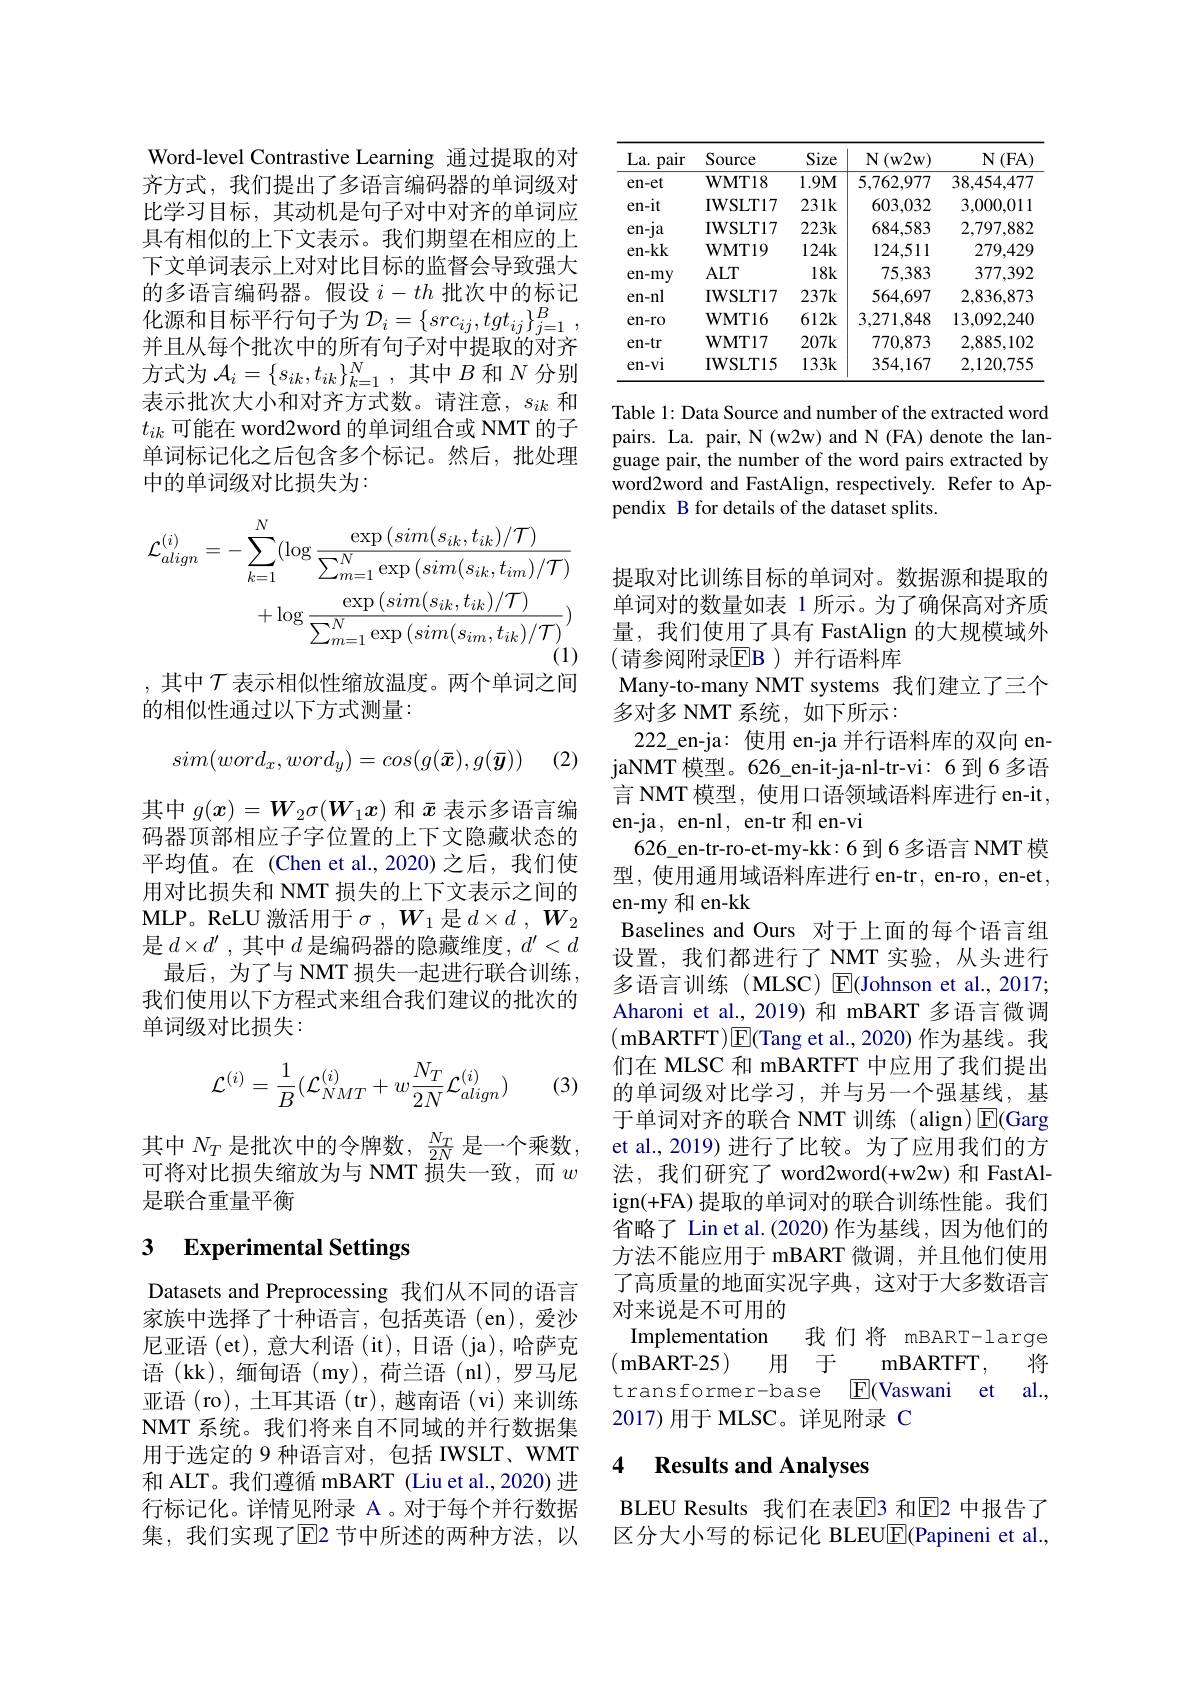
Word-level Contrastive Learning 通过提取的对齐方式，我们提出了多语言编码器的单词级对比学习目标，其动机是句子对中对齐的单词应具有相似的上下文表示。我们期望在相应的上下文单词表示上对对比目标的监督会导致强大的多语言编码器。假设$i-th$批次中的标记化源和目标平行句子为$\mathcal{D} _i= \{ src_{ij}, tgt_{ij}\} _{j= 1}^B$ , 并且从每个批次中的所有句子对中提取的对齐方式为$\mathcal{A}_i=\{s_{ik},t_{ik}\}_{k=1}^N$,其中$B$和$N$分别表示批次大小和对齐方式数。请注意，$s_ik$和$t_{ik}$可能在 word2word 的单词组合或 NMT 的子单词标记化之后包含多个标记。然后，批处理中的单词级对比损失为：
$$\begin{aligned}\mathcal{L}_{align}^{(i)}&=-\sum_{k=1}^{N}(\log\frac{\exp{(sim(s_{ik},t_{ik})/\mathcal{T})}}{\sum_{m=1}^{N}\exp{(sim(s_{ik},t_{im})/\mathcal{T})}}\\&+\log\frac{\exp{(sim(s_{ik},t_{ik})/\mathcal{T})}}{\sum_{m=1}^{N}\exp{(sim(s_{im},t_{ik})/\mathcal{T})}})\end{aligned}$$
,其中$\mathcal{T}$表示相似性缩放温度。两个单词之间

的相似性通过以下方式测量：
$$sim(word_x,word_y)=cos(g(\bar{\boldsymbol{x}}),g(\bar{\boldsymbol{y}}))$$
(2)

其中$g(x)=\boldsymbol{W}_2\sigma(\boldsymbol{W}_1x)$和$\bar{x}$表示多语言编码器顶部相应子字位置的上下文隐藏状态的平均值。在 (Chen et al.,2020)之后，我们使用对比损失和 NMT 损失的上下文表示之间的MLP。ReLU 激活用于$\sigma,\boldsymbol{W}_1$是$d\times d$ $, \boldsymbol{W}_2$ 是$d\times d^{\prime }$ ,其中$d$是编码器的隐藏维度$,d^\prime<d$
最后，为了与 NMT 损失一起进行联合训练， 我们使用以下方程式来组合我们建议的批次的单词级对比损失：
$$\mathcal{L}^{(i)}=\frac{1}{B}(\mathcal{L}_{NMT}^{(i)}+w\frac{N_{T}}{2N}\mathcal{L}_{align}^{(i)})$$
(3)

其中$N_T$是批次中的令牌数，$\frac{N_T}{2N}$是一个乘数， 可将对比损失缩放为与 NMT 损失一致，而$w$ 是联合重量平衡

# 3 Experimental Settings

Datasets and Preprocessing 我们从不同的语言家族中选择了十种语言，包括英语(en),爱沙尼亚语 (et),意大利语 (it),日语 (ja),哈萨克语 (kk),缅甸语 (my),荷兰语 (nl),罗马尼亚语(ro), 土耳其语 (tr), 越南语 (vi)来训练NMT 系统。我们将来自不同域的并行数据集用于选定的 9 种语言对，包括 IWSLT、WMT 和 ALT。我们遵循 mBART (Liu et al.,2020) 进行标记化。详情见附录 A。对于每个并行数据集，我们实现了$\operatorname{E}$2 节中所述的两种方法，以

<table>
	<tbody>
		<tr>
			<th>La. pair</th>
			<th>Source</th>
			<th>Size</th>
			<th>$N$ (w2w) 1 1 1 1</th>
			<th>$N(FA)$</th>
		</tr>
		<tr>
			<td>en-et</td>
			<td>$\mathbf{WMT18}$</td>
			<td>$1.9M$</td>
			<td>5,762,977</td>
			<td>38,454,477</td>
		</tr>
		<tr>
			<td>en-it</td>
			<td>IWSLT17</td>
			<td>$231k$</td>
			<td>603,032</td>
			<td>3,000,011</td>
		</tr>
		<tr>
			<td>$en-1a$</td>
			<td>IWSLT17</td>
			<td>$223k$</td>
			<td>684,583</td>
			<td>2,797,882</td>
		</tr>
		<tr>
			<td>en-kk</td>
			<td>$\mathbf{WMT19}$</td>
			<td>$124k$</td>
			<td>124,511</td>
			<td>279,429</td>
		</tr>
		<tr>
			<td>$en-my$</td>
			<td>$ALT$</td>
			<td>$18k$</td>
			<td>75,383</td>
			<td>377,392</td>
		</tr>
		<tr>
			<td>en-nl</td>
			<td>IWSLT17</td>
			<td>237k</td>
			<td>564,697</td>
			<td>2,836,873</td>
		</tr>
		<tr>
			<td>$en-r0$</td>
			<td>$\mathbf{WMT16}$</td>
			<td>$612k$</td>
			<td>3,271,848</td>
			<td>13,092,240</td>
		</tr>
		<tr>
			<td>$en-tr$</td>
			<td>$\mathbf{WMT17}$</td>
			<td>207k</td>
			<td>770,873</td>
			<td>2,885,102</td>
		</tr>
		<tr>
			<td>$en-vi$</td>
			<td>IWSLT15</td>
			<td>$133k$</td>
			<td>354,167</td>
			<td>2,120,755</td>
		</tr>
	</tbody>
</table>

Table 1: Data Source and number of the extracted word pairs. La. pair, N (w2w) and N (FA) denote the language pair, the number of the word pairs extracted by word2word and FastAlign, respectively. Refer to Appendix B for details of the dataset splits.

提取对比训练目标的单词对。数据源和提取的单词对的数量如表 1 所示。为了确保高对齐质量，我们使用了具有 FastAlign 的大规模域外(请参阅附录$\overline{\mathrm{EB}})$ 并行语料库
Many-to-many NMT systems 我们建立了三个
多对多 NMT 系统，如下所示：
222\_en-ja: 使用 en-ja 并行语料库的双向 enjaNMT 模型。626\_en-it-ja-nl-tr-vi: 6 到 6 多语言 NMT 模型，使用口语领域语料库进行 en-it, en-ja, en-nl, en-tr 和 en-vi
626\_en-tr-ro-et-my-kk:6 到 6 多语言 NMT 模型，使用通用域语料库进行 en-tr, en-ro, en-et, en-my 和 en-kk
Baselines and Ours 对于上面的每个语言组设置，我们都进行了 NMT 实验，从头进行多语言训练(MLSC) E(Johnson et al., 2017; Aharoni et al.,2019)和 mBART 多语言微调$({\mathrm{mBARTFT}}){\mathrm{E}}($Tang et al., 2020)作为基线。我们在 MLSC 和 mBARTFT 中应用了我们提出的单词级对比学习，并与另一个强基线，基于单词对齐的联合 NMT 训练 (align)$\operatorname{E}($Garg et al., 2019) 进行了比较。为了应用我们的方法，我们研究了 word2word(+w2w)和 FastAlign(+FA) 提取的单词对的联合训练性能。我们省略了 Lin et al.(2020) 作为基线，因为他们的方法不能应用于 mBART 微调，并且他们使用了高质量的地面实况字典，这对于大多数语言对来说是不可用的Implementation
我们将 mBART-large
用 于
(mBART-25)
mBARTFT,
将
transformer-base $\boxed{\mathrm{E}}$(Vaswani et al. ,
2017)用于 MLSC。详见附录 C
4 Results and Analyses

BLEU Results 我们在表$\overline{\mathrm{E}}$3 和$\overline{\mathrm{E}}$2 中报告了区分大小写的标记化 BLEU$\underline{\mathrm{E}}$(Papineni et al.